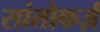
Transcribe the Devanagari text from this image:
सांतोकर्ज़